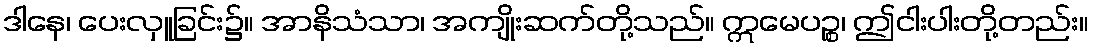
ဒါနေ၊ ပေးလှူခြင်း၌။ အာနိသံသာ၊ အကျိုးဆက်တို့သည်။ ဣမေပဉ္စ၊ ဤငါးပါးတို့တည်း။